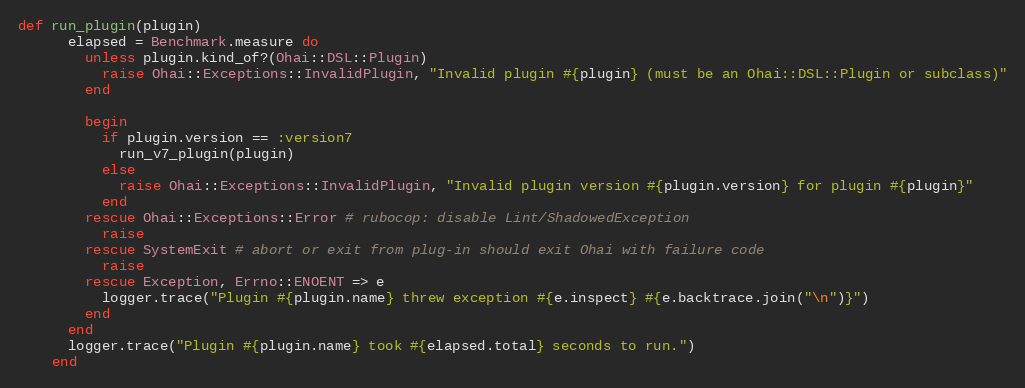
Language: Ruby
def run_plugin(plugin)
      elapsed = Benchmark.measure do
        unless plugin.kind_of?(Ohai::DSL::Plugin)
          raise Ohai::Exceptions::InvalidPlugin, "Invalid plugin #{plugin} (must be an Ohai::DSL::Plugin or subclass)"
        end

        begin
          if plugin.version == :version7
            run_v7_plugin(plugin)
          else
            raise Ohai::Exceptions::InvalidPlugin, "Invalid plugin version #{plugin.version} for plugin #{plugin}"
          end
        rescue Ohai::Exceptions::Error # rubocop: disable Lint/ShadowedException
          raise
        rescue SystemExit # abort or exit from plug-in should exit Ohai with failure code
          raise
        rescue Exception, Errno::ENOENT => e
          logger.trace("Plugin #{plugin.name} threw exception #{e.inspect} #{e.backtrace.join("\n")}")
        end
      end
      logger.trace("Plugin #{plugin.name} took #{elapsed.total} seconds to run.")
    end